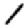
Digit: 1